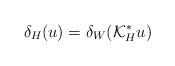
LaTeX: \begin{align*}\delta_H(u)=\delta_W(\mathcal{K}^*_H u)\end{align*}